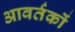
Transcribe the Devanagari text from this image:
आवर्तकों